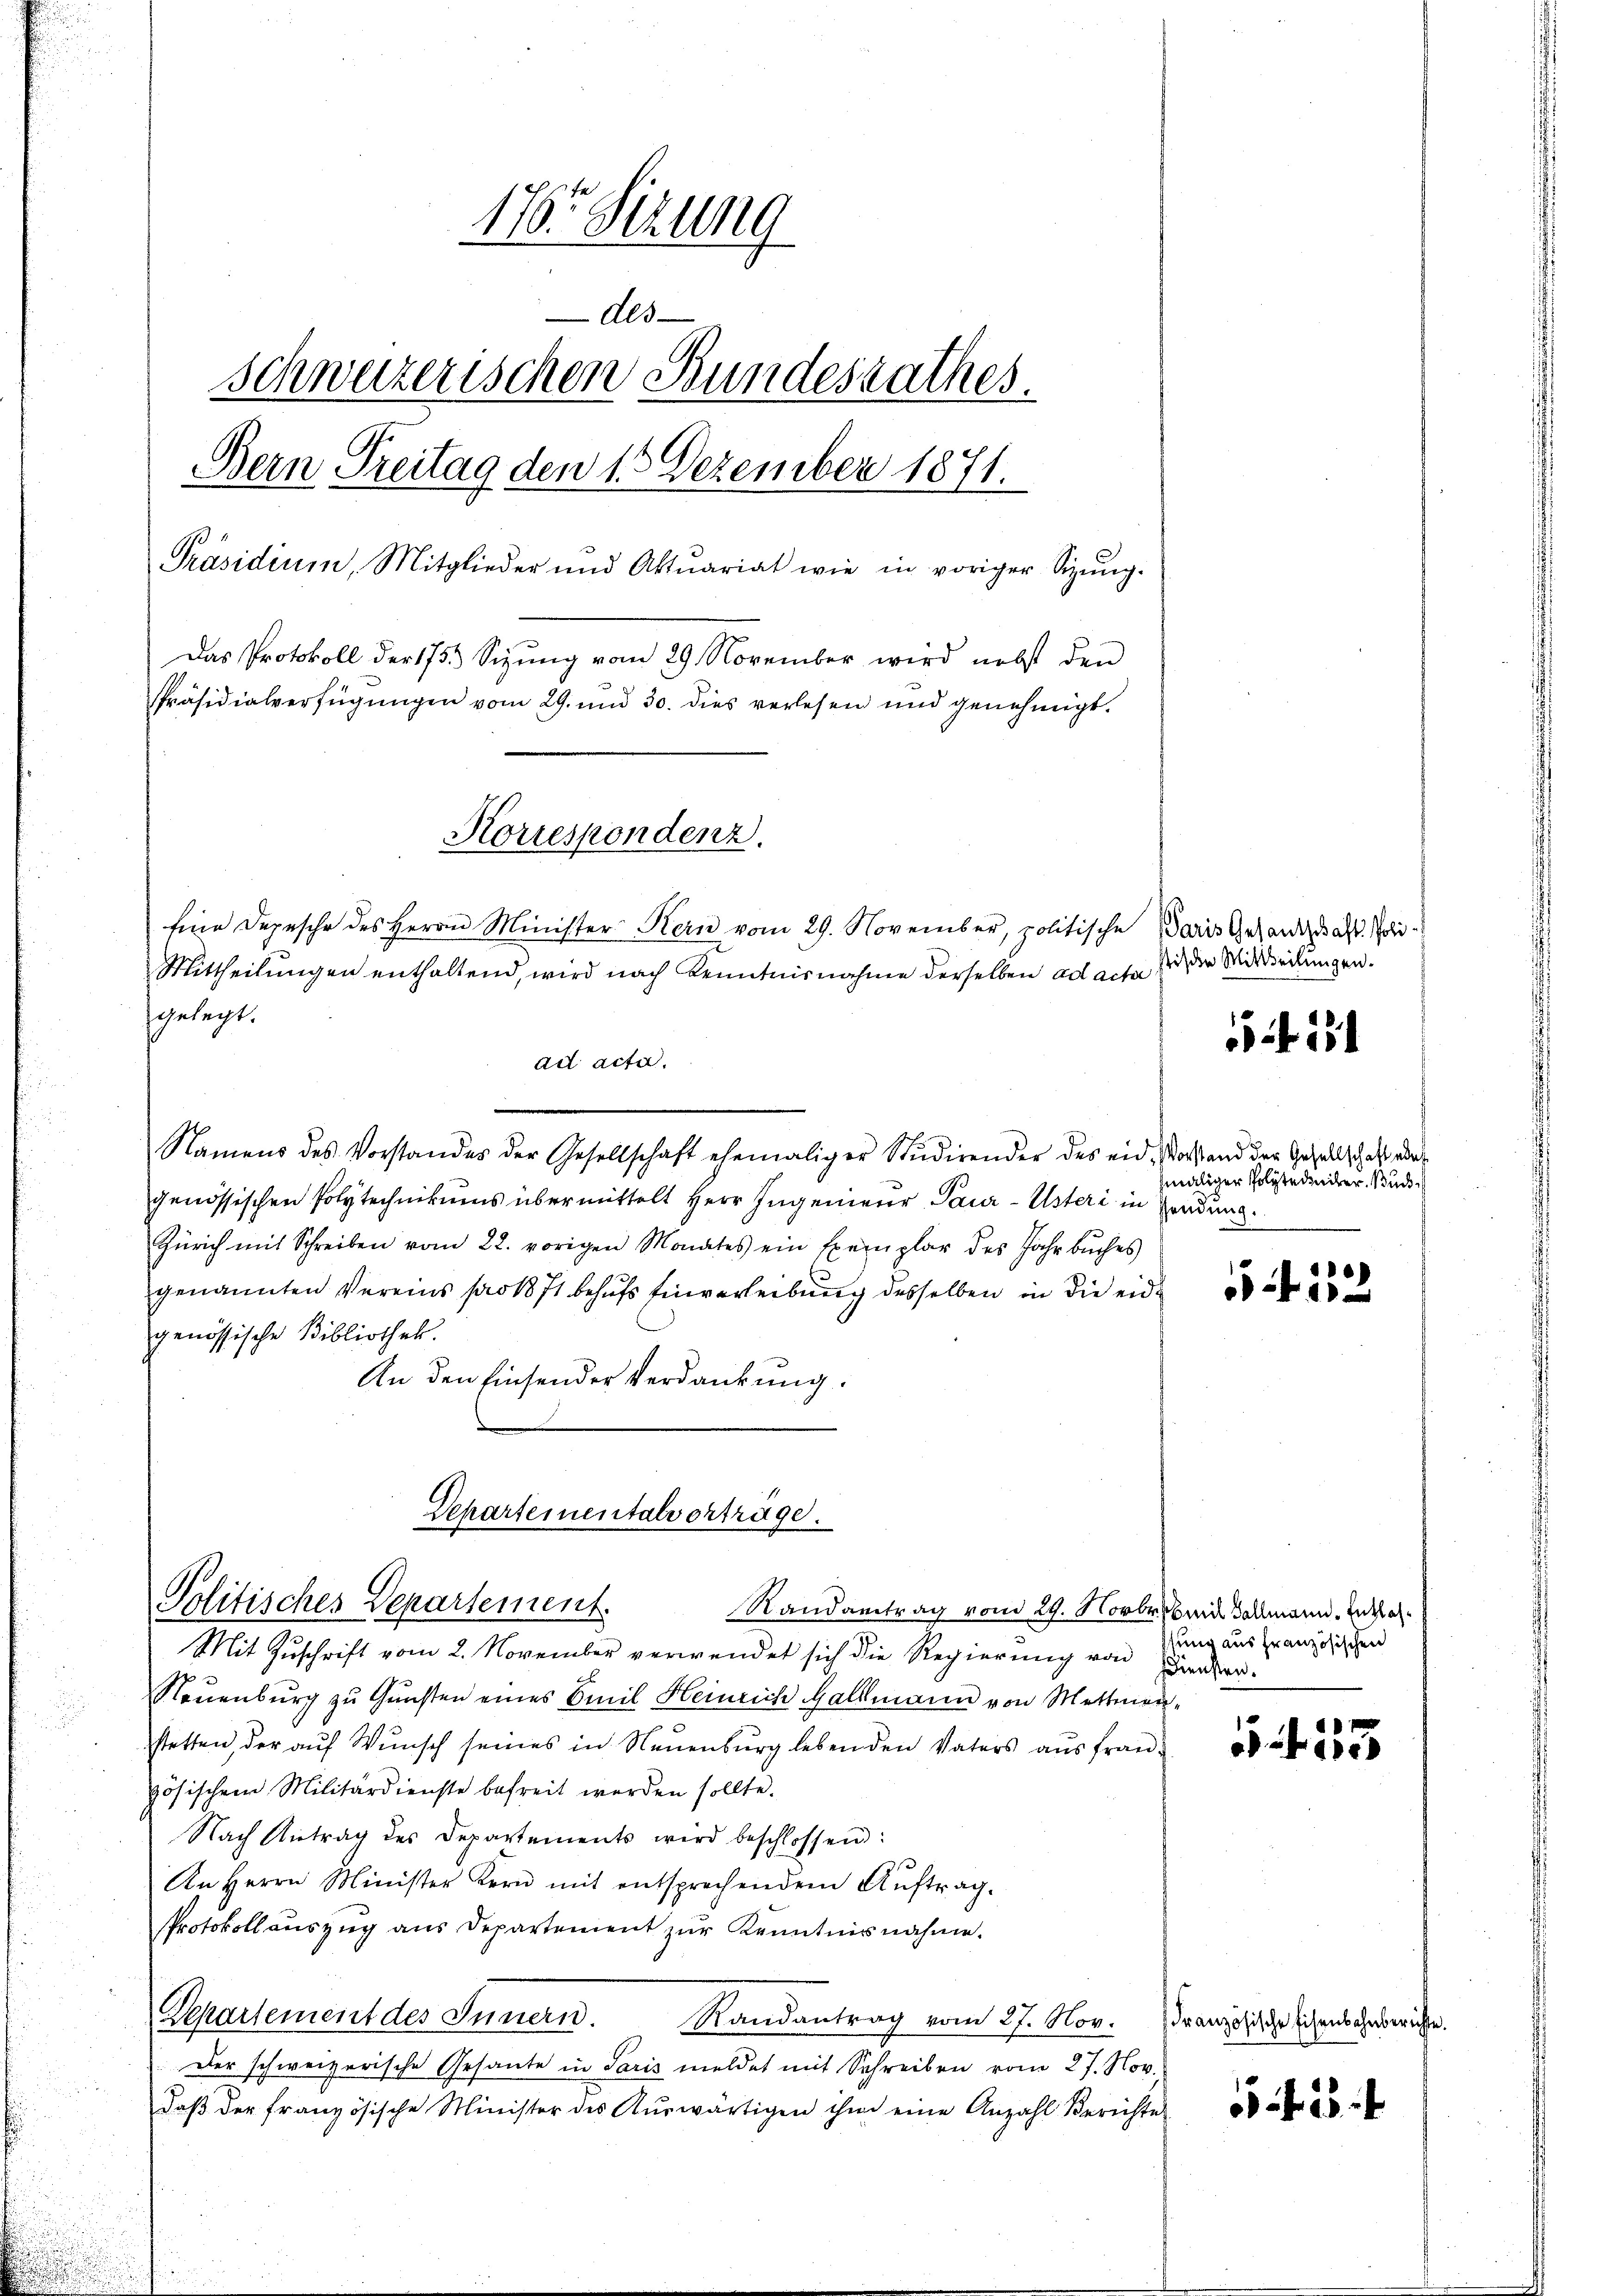
.

176. Sizung
Als
schweizerischen Bundesrathes.
Bern Treitag den 15 Dezember 1871.
Präsidium, Mitglieder und Aktuariat wie in voriger Sizŭng.
Das Protokoll der 1753 Sizung vom 29. November wird nebst den
Präsidialverfügungen vom 29. und 30. dies verlesen und genehmigt.

sgelegt.
ad acta.
Namens des Vorstandes der Gesellschaft ehemaliger Studirender des eid. Vorstand der Gesellschaft, das
genössischen Polytechnikums übermittelt Herr Ingenieur Paur-Usteri in sendung
Zürich mit Schreiben vom 22. vorigen Monates ein Exemplar des Jahr bŭches
genannten Vereins pro 1871 behufs Einverleibung desselben in die eidgenössische Bibliothek.
An den Einsender Verdankung.

Korrespondenz.
Eine Depesche des Herrn Minister Kern vom 29. November, politische Paris Gesandtschaft. Poli¬

Mittheilungen enthaltend, wird nach Kenntnisnahme derselben ad acta die Mitteilungen.

Departeinentalverträge.
Politisches Departement.

Randantrag vom 29. Novbr. beide Vollmann. Inthal¬
Mit Zŭschrift vom 2. November verwendet sich die Regierŭng von Biener.
Neuenburg zu Gunsten eines Emil Heinrich Gallmann von Mettmenstetten, der aŭf Wunsch seines in Neuenburg lebenden Vaters aus fran-
zösischem Militärdienste befreit werden sollte.
Nach Antrag des Departements wird beschlossen:
An Herrn Minister Kern mit entsprechendem Aŭftrag.
Protokoll auszug aus Departement zur Kenntnisnahme.
Departement des Innern.
Randantrag vom 27. Nov. Französische Eisenbahnberichte.
Der schweizerische Gesante in Paris meldet mit Schreiben vom 27. Nov.
daβ der französische Minister des Aŭswärtigen ihm eine Anzahl Berichte

maliger Polytedenker, Buch¬

f 12

sung aus französischen

55 f 153

23